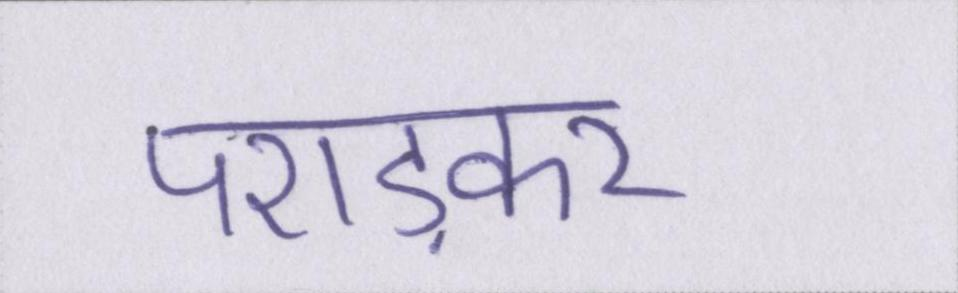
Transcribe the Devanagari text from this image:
पराड़कर